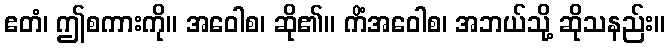
ဧတံ၊ ဤစကားကို။ အဝေါစ၊ ဆို၏။ ကိံအဝေါစ၊ အဘယ်သို့ ဆိုသနည်း။